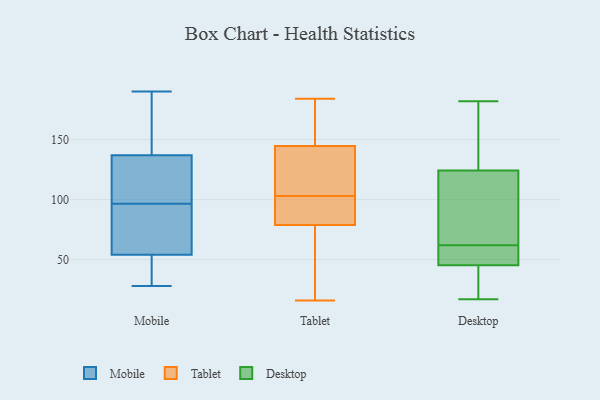
{"axis": {"x": "Backlog", "y": "Value"}, "legend": ["Desktop", "Mobile", "Tablet"], "data": [{"x": "", "y": 34, "type": "Mobile"}, {"x": "", "y": 30, "type": "Mobile"}, {"x": "", "y": 83, "type": "Mobile"}, {"x": "", "y": 134, "type": "Mobile"}, {"x": "", "y": 109, "type": "Mobile"}, {"x": "", "y": 175, "type": "Mobile"}, {"x": "", "y": 74, "type": "Mobile"}, {"x": "", "y": 121, "type": "Mobile"}, {"x": "", "y": 28, "type": "Mobile"}, {"x": "", "y": 190, "type": "Mobile"}, {"x": "", "y": 140, "type": "Mobile"}, {"x": "", "y": 84, "type": "Mobile"}, {"x": "", "y": 82, "type": "Tablet"}, {"x": "", "y": 16, "type": "Tablet"}, {"x": "", "y": 184, "type": "Tablet"}, {"x": "", "y": 145, "type": "Tablet"}, {"x": "", "y": 162, "type": "Tablet"}, {"x": "", "y": 73, "type": "Tablet"}, {"x": "", "y": 81, "type": "Tablet"}, {"x": "", "y": 103, "type": "Tablet"}, {"x": "", "y": 78, "type": "Tablet"}, {"x": "", "y": 140, "type": "Tablet"}, {"x": "", "y": 144, "type": "Tablet"}, {"x": "", "y": 157, "type": "Desktop"}, {"x": "", "y": 122, "type": "Desktop"}, {"x": "", "y": 125, "type": "Desktop"}, {"x": "", "y": 60, "type": "Desktop"}, {"x": "", "y": 44, "type": "Desktop"}, {"x": "", "y": 17, "type": "Desktop"}, {"x": "", "y": 44, "type": "Desktop"}, {"x": "", "y": 71, "type": "Desktop"}, {"x": "", "y": 49, "type": "Desktop"}, {"x": "", "y": 182, "type": "Desktop"}, {"x": "", "y": 62, "type": "Desktop"}]}